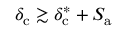
\delta _ { \mathrm { c } } \gtrsim \delta _ { \mathrm { c } } ^ { * } + S _ { \mathrm { a } }